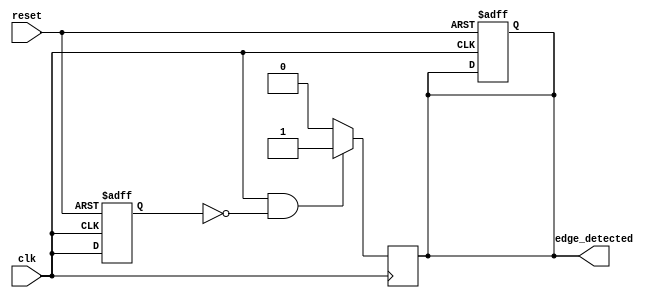
module edge_detector (
    input wire clk,            // Input signal to detect edges
    input wire reset,          // Asynchronous reset signal
    output reg edge_detected   // Output pulse for detected rising edge
);

    reg previous_state;        // Register to hold the previous state of the input signal

    // D Flip-Flop to store the previous state of the input signal
    always @(posedge clk or posedge reset) begin
        if (reset) begin
            previous_state <= 1'b0; // Reset previous state to 0
            edge_detected <= 1'b0;   // Reset edge detected output
        end else begin
            previous_state <= clk;   // Capture the current state of clk
        end
    end

    // Edge detection logic
    always @(posedge clk) begin
        if (clk == 1'b1 && previous_state == 1'b0) begin
            edge_detected <= 1'b1;    // Rising edge detected, generate pulse
        end else begin
            edge_detected <= 1'b0;    // No edge detected, reset pulse
        end
    end

endmodule